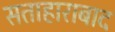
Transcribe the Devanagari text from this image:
सताहाराबाद